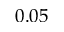
0 . 0 5